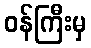
ဝန်ကြီးမှ